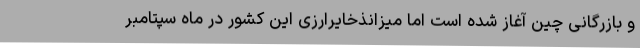
و بازرگانی چین آغاز شده است اما میزانذخایرارزی این کشور در ماه سپتامبر